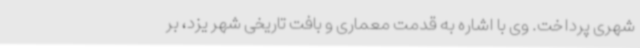
شهری پرداخت. وی با اشاره به قدمت معماری و بافت تاریخی شهر یزد، بر